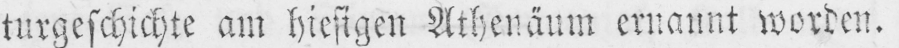
turgeschichte am hiesigen Athenäum ernannt worden.